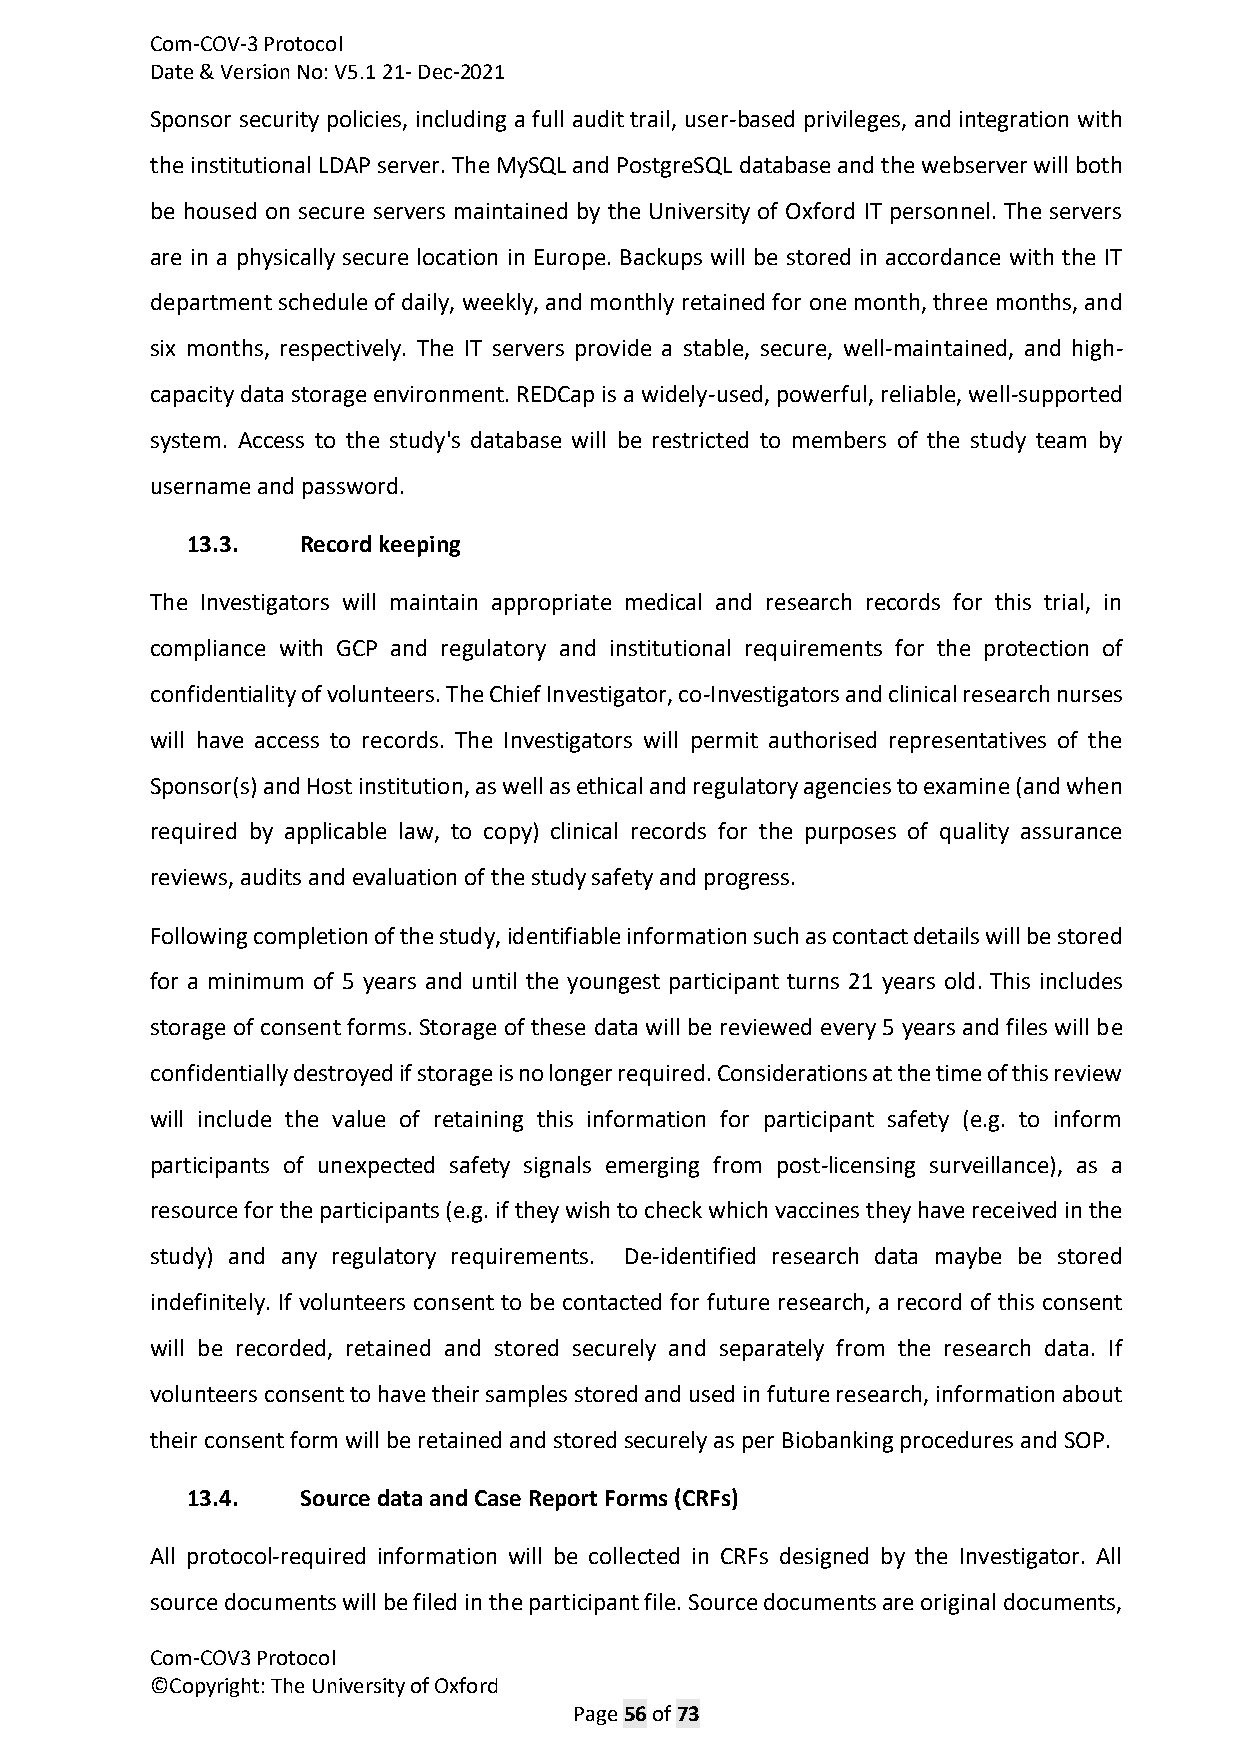
Com-COV-3 Protocol
 Date & Version No: V5.1 21- Dec-2021
 Sponsor security policies, including a full audit trail, user-based privileges, and integration with
 the institutional LDAP server. The MySQL and PostgreSQL database and the webserver will both
 be housed on secure servers maintained by the University of Oxford IT personnel. The servers
 are in a physically secure location in Europe. Backups will be stored in accordance with the IT
 department schedule of daily, weekly, and monthly retained for one month, three months, and
 six months, respectively. The IT servers provide a stable, secure, well-maintained, and high-
 capacity data storage environment. REDCap is a widely-used, powerful, reliable, well-supported
 system. Access to the study's database will be restricted to members of the study team by
 username and password.
 13.3.   Record keeping
 The Investigators will maintain appropriate medical and research records for this trial, in
 compliance with GCP and regulatory and institutional requirements for the protection of
 confidentiality of volunteers. The Chief Investigator, co-Investigators and clinical research nurses
 will have access to records. The Investigators will permit authorised representatives of the
 Sponsor(s) and Host institution, as well as ethical and regulatory agencies to examine (and when
 required by applicable law, to copy) clinical records for the purposes of quality assurance
 reviews, audits and evaluation of the study safety and progress.
 Following completion of the study, identifiable information such as contact details will be stored
 for a minimum of 5 years and until the youngest participant turns 21 years old. This includes
 storage of consent forms. Storage of these data will be reviewed every 5 years and files will be
 confidentially destroyed if storage is no longer required. Considerations at the time of this review
 will include the value of retaining this information for participant safety (e.g. to inform
 participants of unexpected safety signals emerging from post-licensing surveillance), as a
 resource for the participants (e.g. if they wish to check which vaccines they have received in the
 study) and any regulatory requirements. De-identified research data maybe be stored
 indefinitely. If volunteers consent to be contacted for future research, a record of this consent
 will be recorded, retained and stored securely and separately from the research data. If
 volunteers consent to have their samples stored and used in future research, information about
 their consent form will be retained and stored securely as per Biobanking procedures and SOP.
 13.4.   Source data and Case Report Forms (CRFs)
 All protocol-required information will be collected in CRFs designed by the Investigator. All
 source documents will be filed in the participant file. Source documents are original documents,
 Com-COV3 Protocol
 ©Copyright: The University of Oxford
 Page 56 of 73